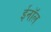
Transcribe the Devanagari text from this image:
ईनॉल